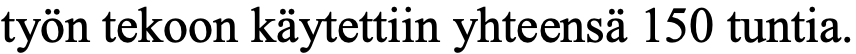
työn tekoon käytettiin yhteensä 150 tuntia.